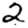
Digit: 2